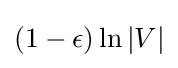
(1-\epsilon )\ln |V|